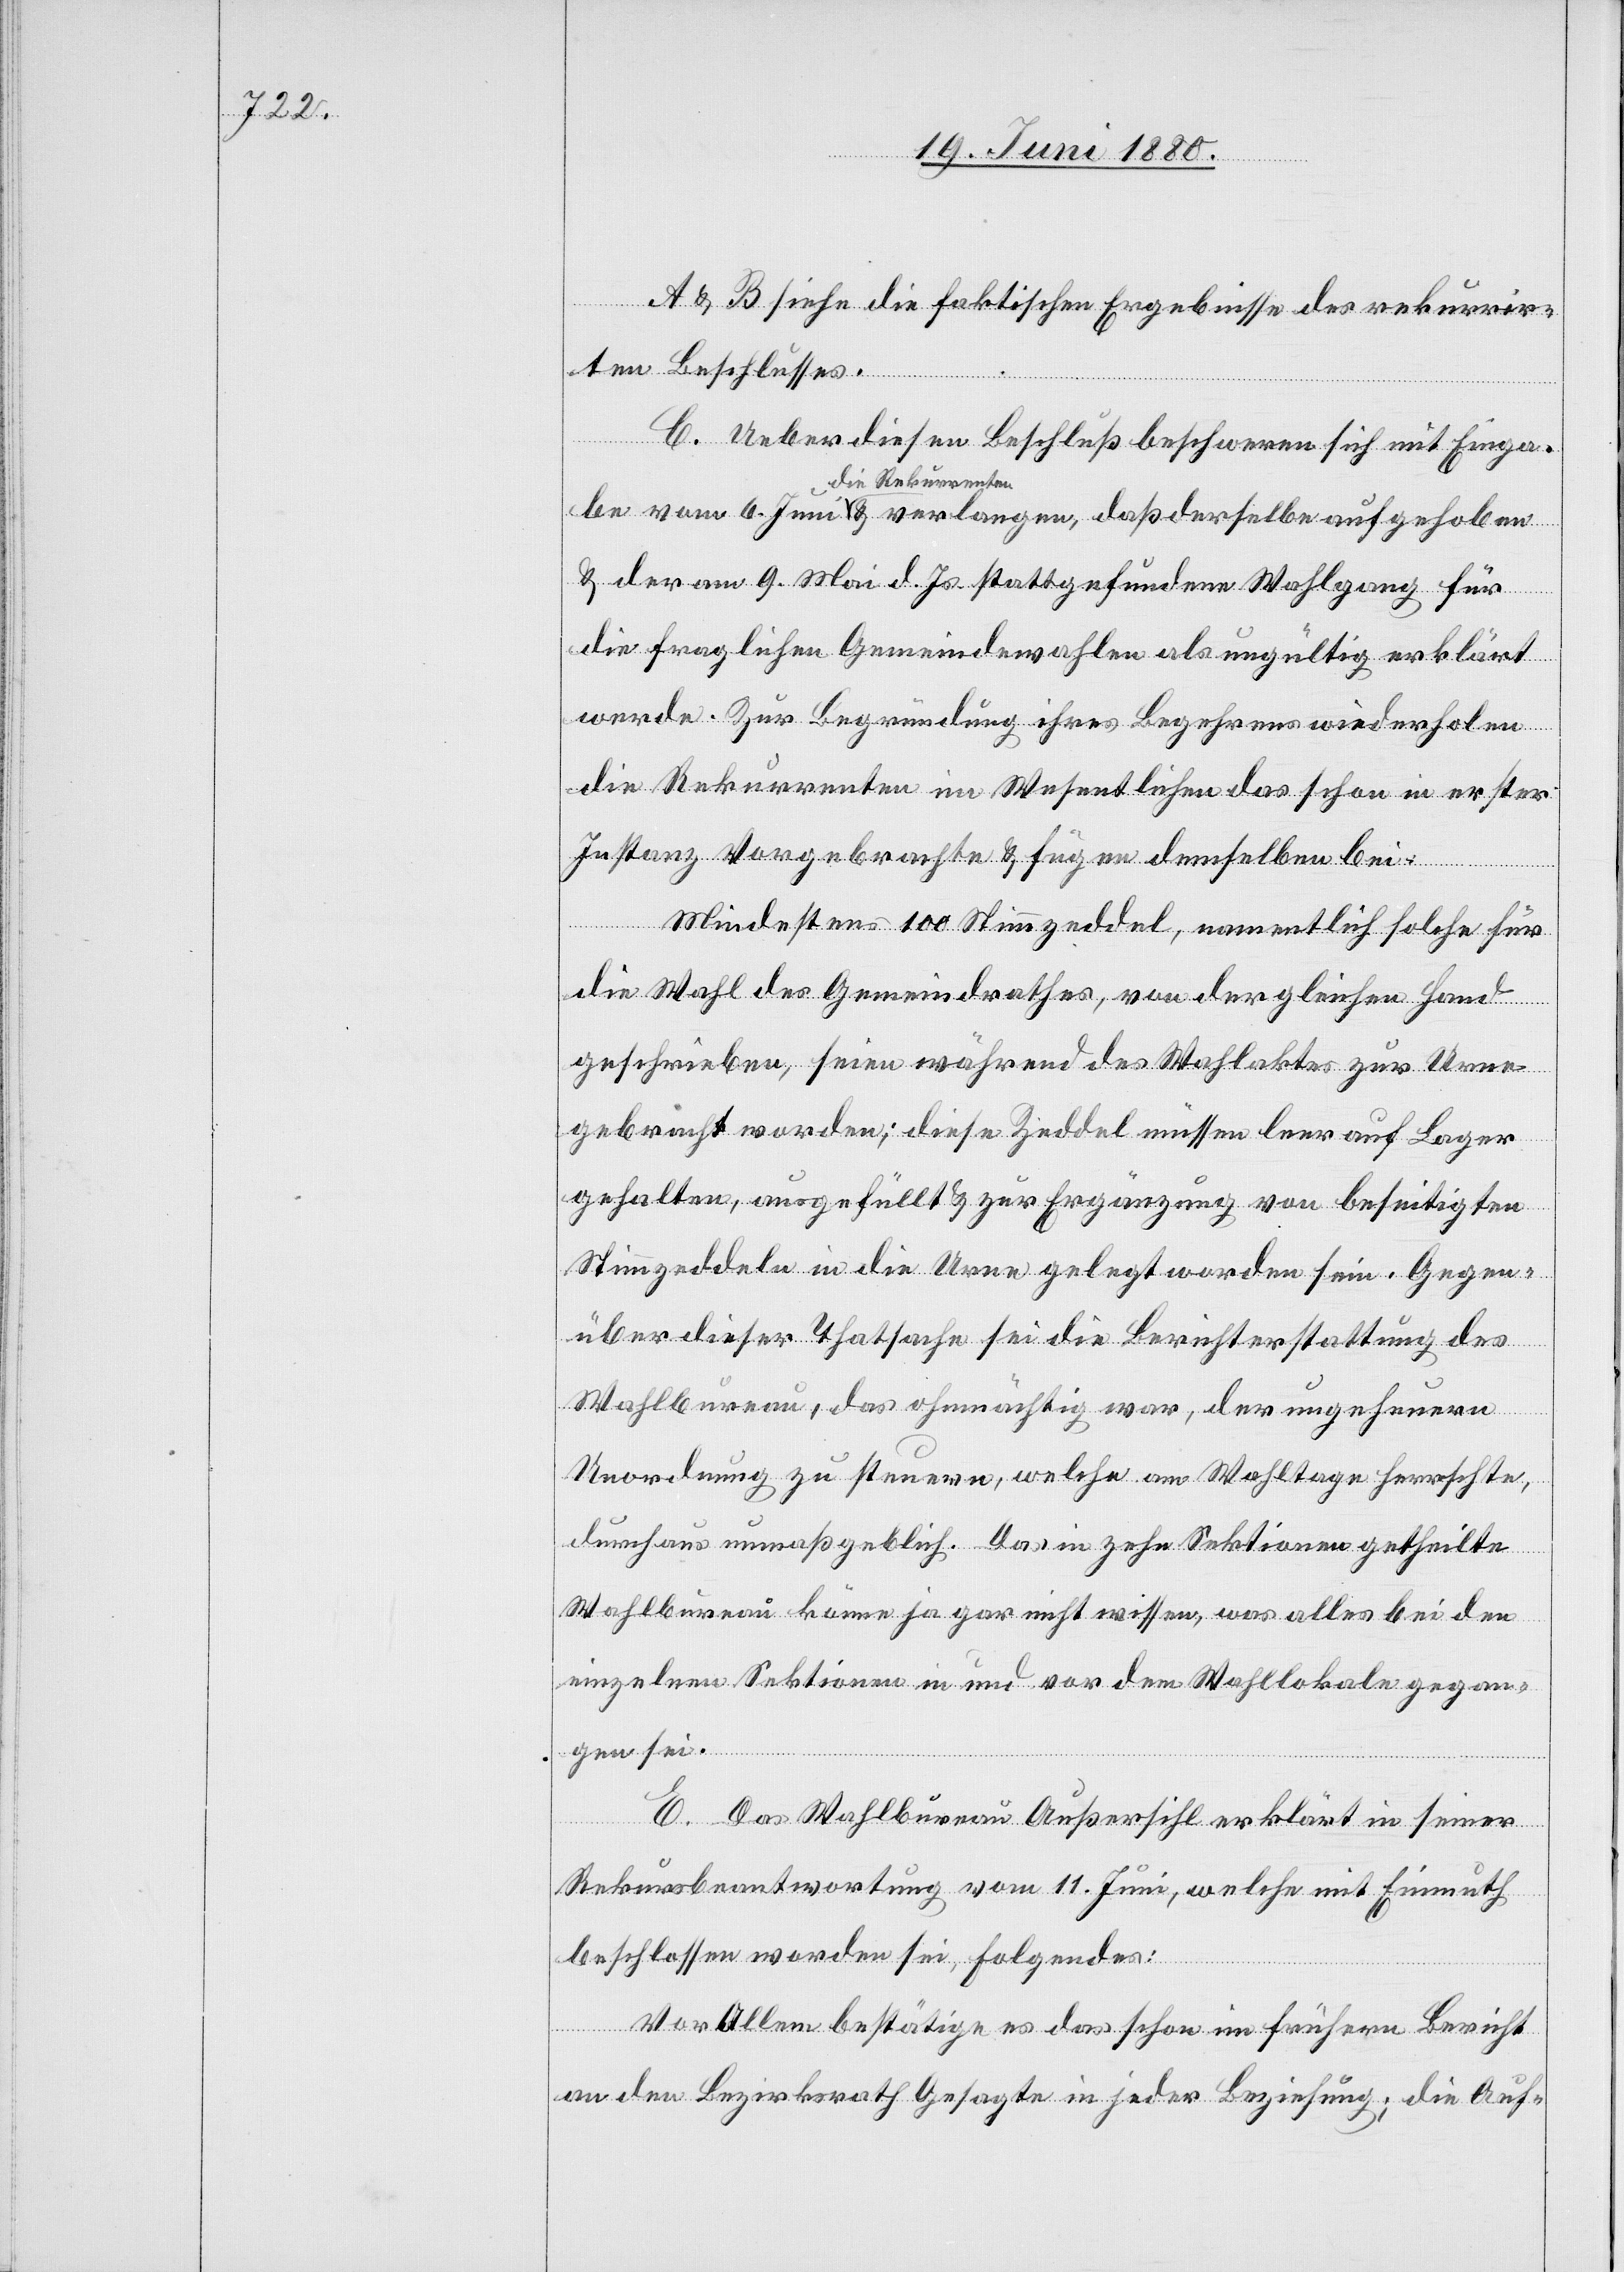
A & B siehe die faktischen Ergebnisse des rekurrir¬
ten Beschlusses.
C. Ueber diesen Beschluß beschweren sich mit Einga¬
die Rekurrenten
& der am 9. Mai d. Js. stattgefundene Wahlgang für
die fraglichen Gemeindewahlen als ungültig erklärt
werde. Zur Begründung ihres Begehrens wiederholen
die Rekurrenten im Wesentlichen das schon in erster
Instanz Vorgebrachte & fügen demselben bei:
Mindestens 100 Stimmzeddel, namentlich solche für
die Wahl des Gemeindrathes, von der gleichen Hand
geschrieben, seien während des Wahlaktes zur Urne
gebracht worden; diese Zeddel müssen leer auf Lager
gehalten, ausgefüllt & zur Ergänzung von beseitigten
Stimmzeddeln in die Urne gelegt worden sein. Gegen¬
über dieser Thatsache sei die Berichterstattung des
Wahlbureau, das ohnmächtig war, der ungeheurn
verlangen,
Unordnung zu steuern, welche am Wahltage herrschte,
durchaus unmaßgeblich. Das in zehn Sektionen getheilte
Wahlbureau könne ja gar nicht wissen, was alles bei den
einzelnen Sektionen in und vor dem Wahllokale gegan¬
gen sein.
E. Das Wahlbureau Außersihl erklärt in seiner
Rekursbeantwortung vom 11. Juni, welche mit Einmuth
beschlossen worden sei, folgendes:
Vor Allem bestätige es das schon in frühern Bericht
an den Bezirksrath Gesagt in jeder Beziehung; die Auf-